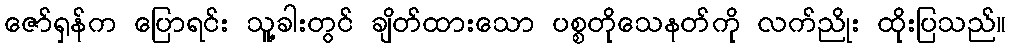
ဇော်ရှန်က ပြောရင်း သူ့ခါးတွင် ချိတ်ထားသော ပစ္စတိုသေနတ်ကို လက်ညိုး ထိုးပြသည်။